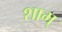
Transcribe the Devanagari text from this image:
शाम्